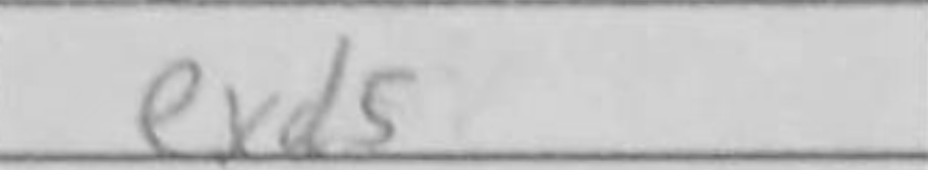
Transcription: exd5